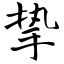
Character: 挚